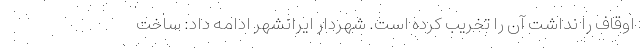
اوقاف را نداشت آن را تخریب کرده است. شهردار ایرانشهر ادامه داد: ساخت